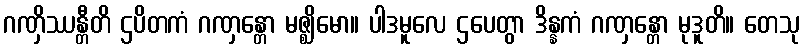
ဂဏှိဿန္တီတိ ဌပိတကံ ဂဏှန္တော မဇ္ဈိမော။ ပါဒမူလေ ဌပေတွာ ဒိန္နကံ ဂဏှန္တော မုဒူတိ။ တေသု